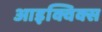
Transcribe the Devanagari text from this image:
आइक्विक्स